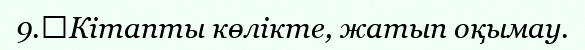
9.	Кітапты көлікте, жатып оқымау.